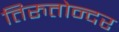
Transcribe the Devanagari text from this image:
तिरुतोन्दर